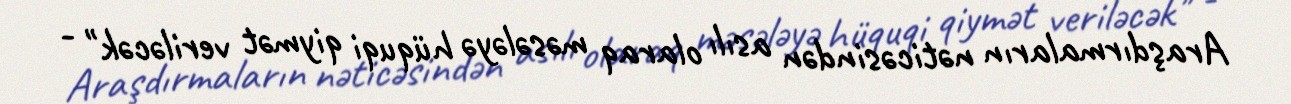
Araşdırmaların nəticəsindən asılı olaraq məsələyə hüquqi qiymət veriləcək" -